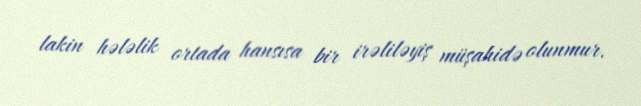
lakin hələlik ortada hansısa bir irəliləyiş müşahidə olunmur.